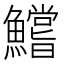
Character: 鱨